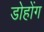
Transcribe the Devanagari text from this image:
डोहोंग